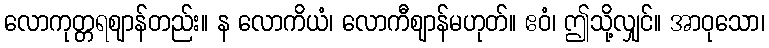
လောကုတ္တရဈာန်တည်း။ န လောကိယံ၊ လောကီဈာန်မဟုတ်။ ဧဝံ၊ ဤသို့လျှင်။ အာဝုသော၊